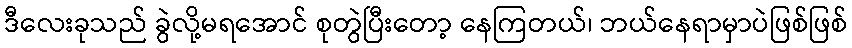
ဒီလေးခုသည် ခွဲလို့မရအောင် စုတွဲပြီးတော့ နေကြတယ်၊ ဘယ်နေရာမှာပဲဖြစ်ဖြစ်